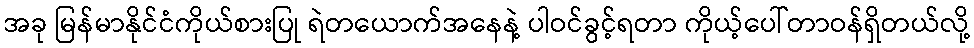
အခု မြန်မာနိုင်ငံကိုယ်စားပြု ရဲတယောက်အနေနဲ့ ပါဝင်ခွင့်ရတာ ကိုယ့်ပေါ်တာဝန်ရှိတယ်လို့